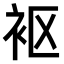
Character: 𫋲